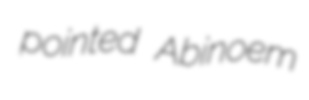
pointed Abinoem